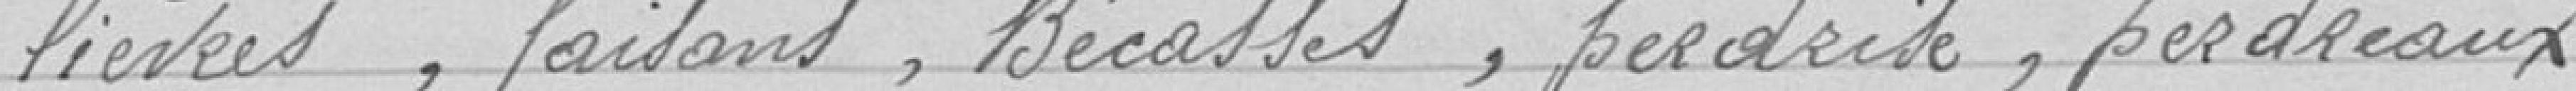
lièvres, faisans, bécasses, perdrix, perdreaux,